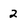
Character: 2